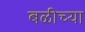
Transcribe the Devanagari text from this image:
बळीच्या